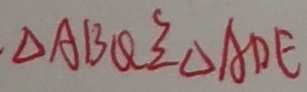
\Delta A B Q \cong \Delta A D E